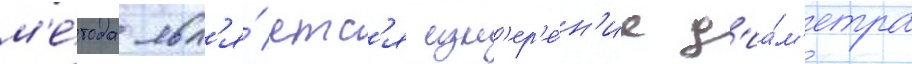
м'е́тода явл'я́етс'я изм'ер'е́н'ие д'иа́м'етра